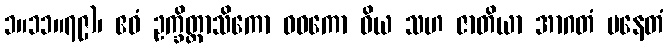
၁။၁၁။၇၉)၊ ဧဝံ ဥက္ခိတ္တာသိကော ဝဓကော ဝိယ သဟ ဇာတိယာ အာဂတံ ပနေတံ